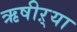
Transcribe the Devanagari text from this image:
ऋषीऱ्या